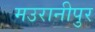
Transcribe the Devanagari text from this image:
मउरानीपुर